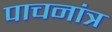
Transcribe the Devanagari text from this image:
पाचनांत्र